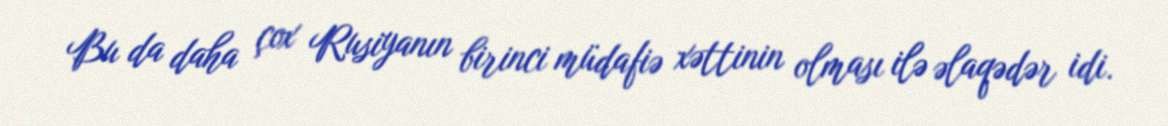
Bu da daha çox Rusiyanın birinci müdafiə xəttinin olması ilə əlaqədər idi.